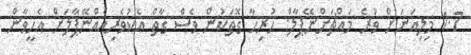
1.7 މިލިއަނަށް ވުރެ މައްޗަށްނޭޕާލް: ހުރިހާ ގޮތަކުން ވެސް ގާތް އެކުވެރިއެއްނޭޕާލަށް އެހީވާން